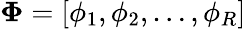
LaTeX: \mathbf{\Phi}=[\phi_{1},\phi_{2},\dots,\phi_{R}]